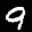
Label: 9